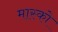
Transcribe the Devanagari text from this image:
मास्‍को